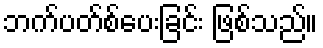
ဘက်ပတ်စ်ပေးခြင်း ဖြစ်သည်။